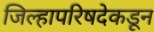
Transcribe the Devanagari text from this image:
जिल्हापरिषदेकडून